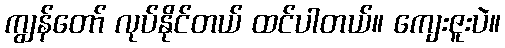
ကျွန်တော် လုပ်နိုင်တယ် ထင်ပါတယ်။ ကျေးဇူးပဲ။